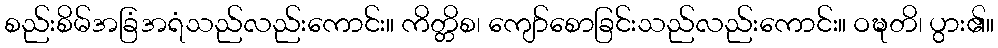
စည်းစိမ်အခြံအရံသည်လည်းကောင်း။ ကိတ္တိစ၊ ကျော်စောခြင်းသည်လည်းကောင်း။ ဝဍ္ဎတိ၊ ပွား၏။